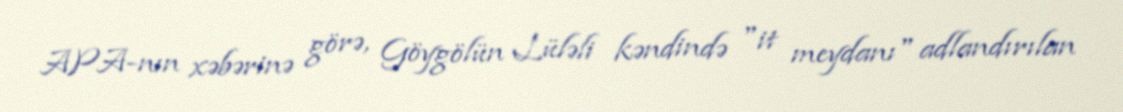
APA-nın xəbərinə görə, Göygölün Lüləli kəndində "it meydanı" adlandırılan